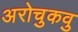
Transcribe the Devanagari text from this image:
अरोचुकवु